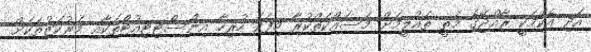
އަދި އެކަމަކީ ރާއްޖޭގެ މަތީ ތައުލީމަށް މަސައްކަތްކުރާ މިފަދަ ހުރިހާ އިންސްޓިޓިއުޓްތަކާއި މަރުކަޒުތަކަށް